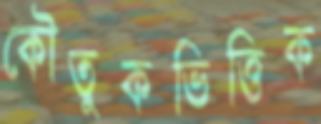
কৌতুকভিত্তিক